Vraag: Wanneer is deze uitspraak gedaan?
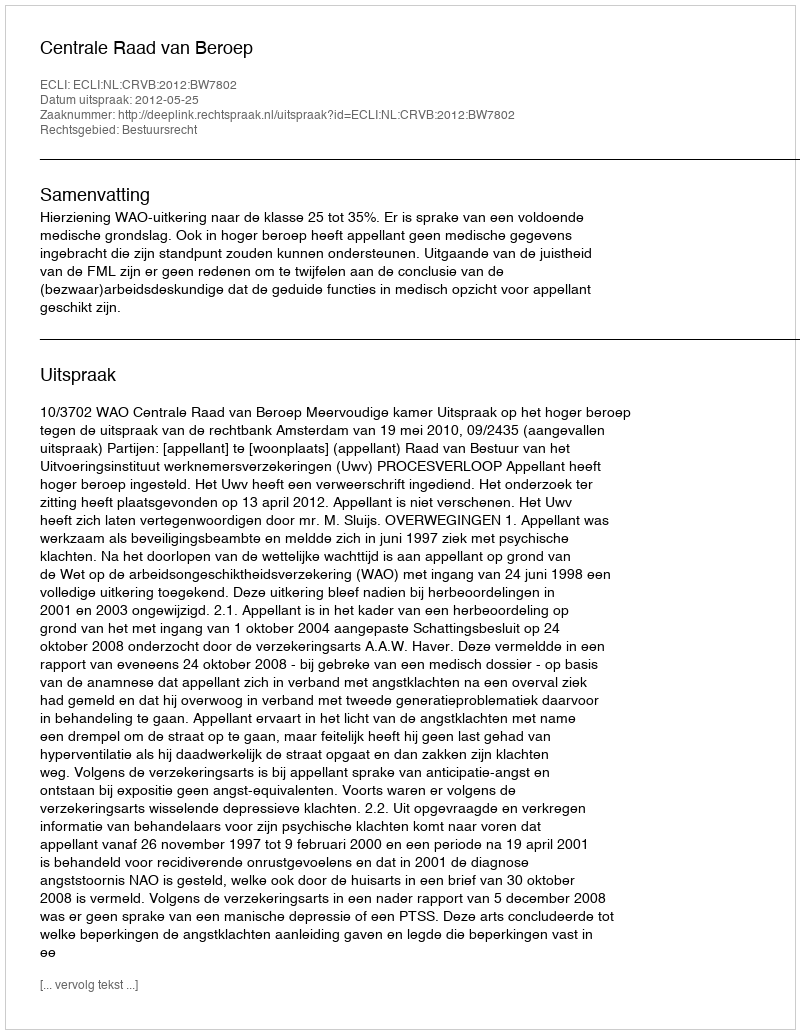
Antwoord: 2012-05-25